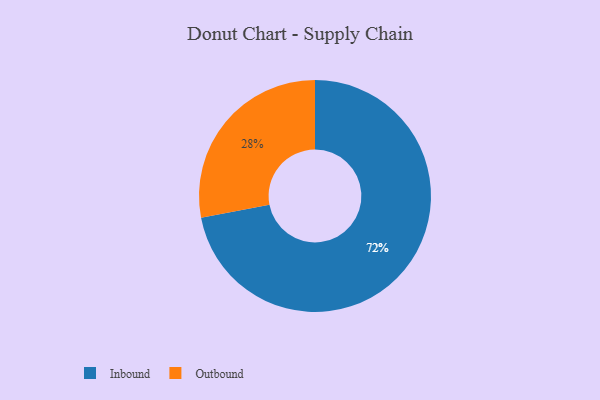
{"axis": {"x": "Category", "y": "Percentage"}, "legend": ["Inbound", "Outbound"], "data": [{"x": "Inbound", "y": 72, "type": "Inbound"}, {"x": "Outbound", "y": 28, "type": "Outbound"}]}